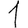
Digit: 1